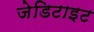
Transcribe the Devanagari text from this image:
जेडिटाइट